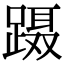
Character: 蹑